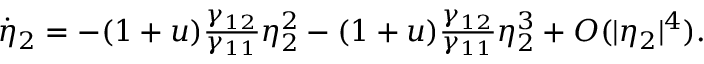
\begin{array} { r } { \dot { \eta } _ { 2 } = - ( 1 + u ) \frac { \gamma _ { 1 2 } } { \gamma _ { 1 1 } } \eta _ { 2 } ^ { 2 } - ( 1 + u ) \frac { \gamma _ { 1 2 } } { \gamma _ { 1 1 } } \eta _ { 2 } ^ { 3 } + O ( | \eta _ { 2 } | ^ { 4 } ) . } \end{array}